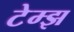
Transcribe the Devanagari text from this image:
टेम्झ